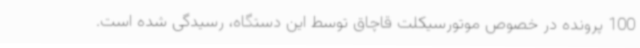
100 پرونده در خصوص موتورسیکلت قاچاق توسط این دستگاه، رسیدگی شده است.